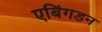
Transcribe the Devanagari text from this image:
एबिंगडन